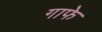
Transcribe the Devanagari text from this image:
गाफे